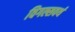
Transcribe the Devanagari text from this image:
विगल्सवर्थ